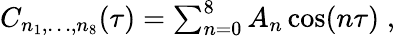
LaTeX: \begin{array}{r}{C_{n_{1},\ldots,n_{8}}(\tau)=\sum_{n=0}^{8}A_{n}\cos(n\tau)\; ,}\end{array}